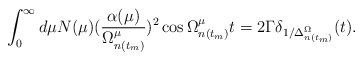
LaTeX: \begin{align*}\int_0^{\infty} d \mu N(\mu) (\frac{\alpha(\mu)}{\Omega^{\mu}_{n(t_m)}})^2\cos \Omega^{\mu}_{n(t_m)} t = 2 \Gamma \delta_{1/\Delta^{\Omega}_{n(t_m)}}(t).\end{align*}